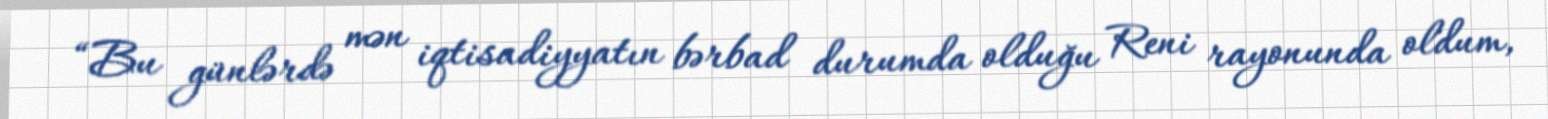
“Bu günlərdə mən iqtisadiyyatın bərbad durumda olduğu Reni rayonunda oldum,